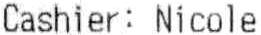
CASHIER: NICOLE